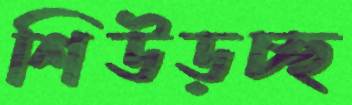
শিউড়চ্ছ